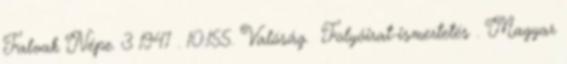
Falvak Népe. 3 1947 . 10:155. Valóság. Folyóirat-ismertetés . Magyar